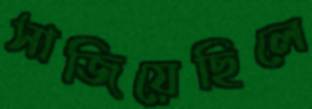
সাজিয়েছিলে